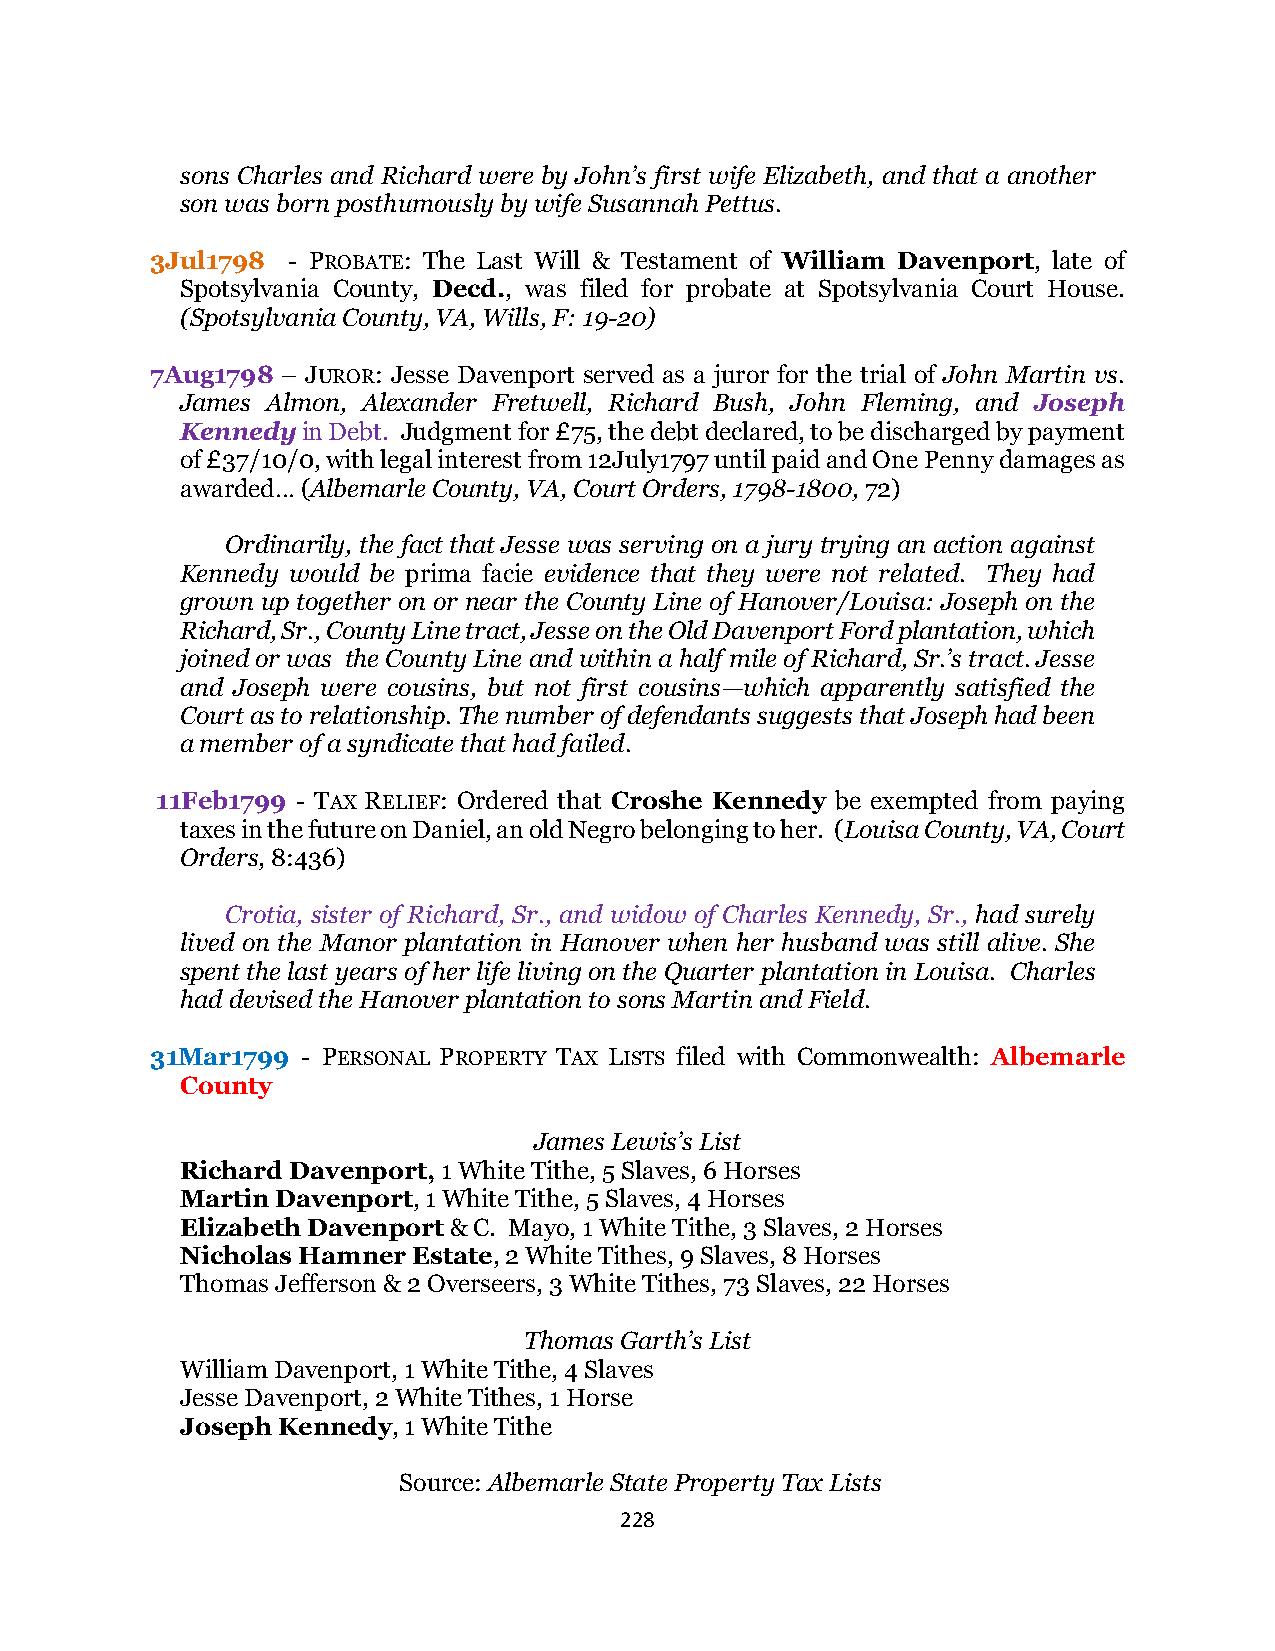
sons Charles and Richard were by John’s first wife Elizabeth, and that a another
 son was born posthumously by wife Susannah Pettus.
 3Jul1798 - PROBATE: The Last Will & Testament of William Davenport, late of
 Spotsylvania County, Decd., was filed for probate at Spotsylvania Court House.
 (Spotsylvania County, VA, Wills, F: 19-20)
 7Aug1798 – JUROR: Jesse Davenport served as a juror for the trial of John Martin vs.
 James Almon, Alexander Fretwell, Richard Bush, John Fleming, and Joseph
 Kennedy in Debt. Judgment for £75, the debt declared, to be discharged by payment
 of £37/10/0, with legal interest from 12July1797 until paid and One Penny damages as
 awarded… (Albemarle County, VA, Court Orders, 1798-1800, 72)
 Ordinarily, the fact that Jesse was serving on a jury trying an action against
 Kennedy would be prima facie evidence that they were not related. They had
 grown up together on or near the County Line of Hanover/Louisa: Joseph on the
 Richard, Sr., County Line tract, Jesse on the Old Davenport Ford plantation, which
 joined or was the County Line and within a half mile of Richard, Sr.’s tract. Jesse
 and Joseph were cousins, but not first cousins—which apparently satisfied the
 Court as to relationship. The number of defendants suggests that Joseph had been
 a member of a syndicate that had failed.
 11Feb1799 - TAX RELIEF: Ordered that Croshe Kennedy be exempted from paying
 taxes in the future on Daniel, an old Negro belonging to her. (Louisa County, VA, Court
 Orders, 8:436)
 Crotia, sister of Richard, Sr., and widow of Charles Kennedy, Sr., had surely
 lived on the Manor plantation in Hanover when her husband was still alive. She
 spent the last years of her life living on the Quarter plantation in Louisa. Charles
 had devised the Hanover plantation to sons Martin and Field.
 31Mar1799 - PERSONAL PROPERTY TAX LISTS filed with Commonwealth: Albemarle
 County
 James Lewis’s List
 Richard Davenport, 1 White Tithe, 5 Slaves, 6 Horses
 Martin Davenport, 1 White Tithe, 5 Slaves, 4 Horses
 Elizabeth Davenport & C. Mayo, 1 White Tithe, 3 Slaves, 2 Horses
 Nicholas Hamner Estate, 2 White Tithes, 9 Slaves, 8 Horses
 Thomas Jefferson & 2 Overseers, 3 White Tithes, 73 Slaves, 22 Horses
 Thomas Garth’s List
 William Davenport, 1 White Tithe, 4 Slaves
 Jesse Davenport, 2 White Tithes, 1 Horse
 Joseph Kennedy, 1 White Tithe
 Source: Albemarle State Property Tax Lists
 228